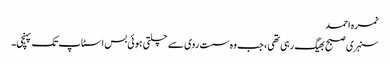
نمرہ احمد
سنہری صبح بھیگ رہی تھی، جب وہ سست روی سے چلتی ہوئی بس اسٹاپ تک پہنچی۔